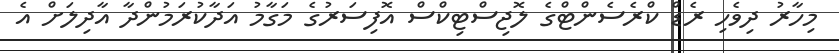
މިހާރު ދިވެހި ރެޑް ކްރެސެންޓްގެ ލޮޖިސްޓިކްސް އޮފިސަރުގެ މަގާމު އަދާކުރަމުންދާ އާދިލަށް އެ